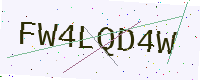
Text: FW4LQD4W